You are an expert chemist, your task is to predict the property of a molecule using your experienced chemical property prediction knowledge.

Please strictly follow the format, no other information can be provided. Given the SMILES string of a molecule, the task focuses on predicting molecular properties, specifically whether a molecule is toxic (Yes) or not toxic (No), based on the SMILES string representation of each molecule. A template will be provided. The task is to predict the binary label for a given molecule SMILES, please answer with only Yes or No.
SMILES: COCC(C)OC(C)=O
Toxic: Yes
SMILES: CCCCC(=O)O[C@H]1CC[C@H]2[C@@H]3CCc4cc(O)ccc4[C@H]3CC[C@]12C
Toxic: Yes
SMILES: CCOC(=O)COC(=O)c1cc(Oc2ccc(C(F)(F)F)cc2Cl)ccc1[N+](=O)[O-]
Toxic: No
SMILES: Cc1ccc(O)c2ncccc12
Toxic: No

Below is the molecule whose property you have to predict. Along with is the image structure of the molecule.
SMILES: CC(=O)Nc1ccc(S(=O)(=O)Nc2ccc([N+](=O)[O-])cc2)cc1
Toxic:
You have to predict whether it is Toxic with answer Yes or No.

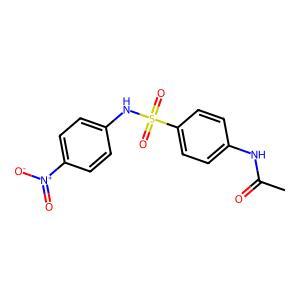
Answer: No